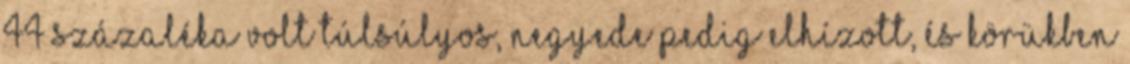
44 százaléka volt túlsúlyos, negyede pedig elhízott, és körükben